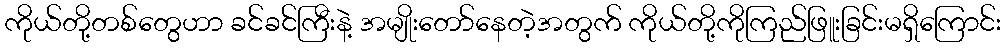
ကိုယ်တို့တစ်တွေဟာ ခင်ခင်ကြီးနဲ့ အမျိုးတော်နေတဲ့အတွက် ကိုယ်တို့ကိုကြည်ဖြူးခြင်းမရှိကြောင်း